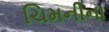
ચિમનીના